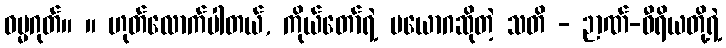
ဓမ္မဂုတ်။ ။ ဟုတ်လောက်ပါတယ်, ကိုယ်တော်ရဲ့ ပယောဂဆိုတဲ့ သတိ - ဉာဏ်-ဝီရိယတို့ရဲ့